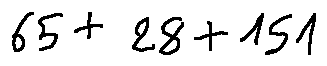
6 5 + 2 8 + 1 5 1